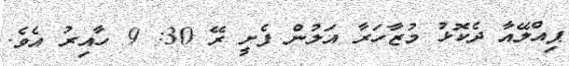
ޕިއްލޭއާ ދެކޮޅު މުޒާހަރާ އަލުން ފެށީ ރޭ 30: 9 ހާއިރު އެވެ.